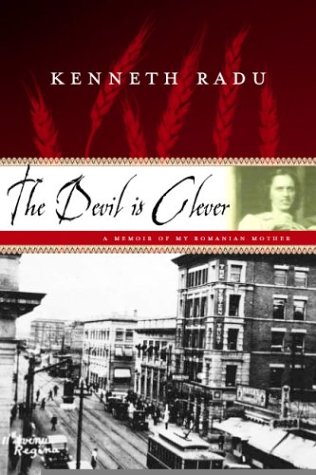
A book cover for The Devil Is Clever: A Memoir of My Romanian Mother; Kenneth Radu; Biographies & Memoirs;